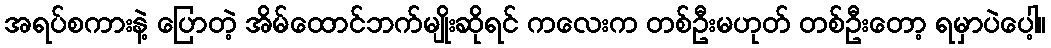
အရပ်စကားနဲ့ ပြောတဲ့ အိမ်ထောင်ဘက်မျိုးဆိုရင် ကလေးက တစ်ဦးမဟုတ် တစ်ဦးတော့ ရမှာပဲပေါ့။